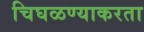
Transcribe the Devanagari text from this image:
चिघळण्याकरता